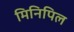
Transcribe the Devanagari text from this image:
मिनिपिल